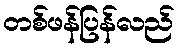
တစ်ဖန်ပြန်လည်